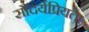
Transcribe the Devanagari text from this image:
सौंदर्यप्रियता